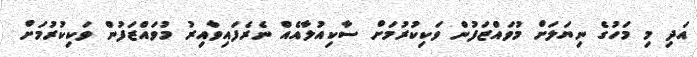
އަދި މި މަހުގެ ނިޔަލަށް މުވައްޒަފުން ވަކިކުރުމަށް ސާކިއުލާއެއް ނެރެފައިވާއިރު މުވައްޒަފުން ވަކިކުރުމަށް